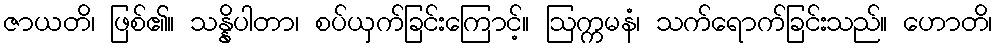
ဇာယတိ၊ ဖြစ်၏။ သန္နိပါတာ၊ စပ်ယှက်ခြင်းကြောင့်။ ဩက္ကမနံ၊ သက်ရောက်ခြင်းသည်။ ဟောတိ၊